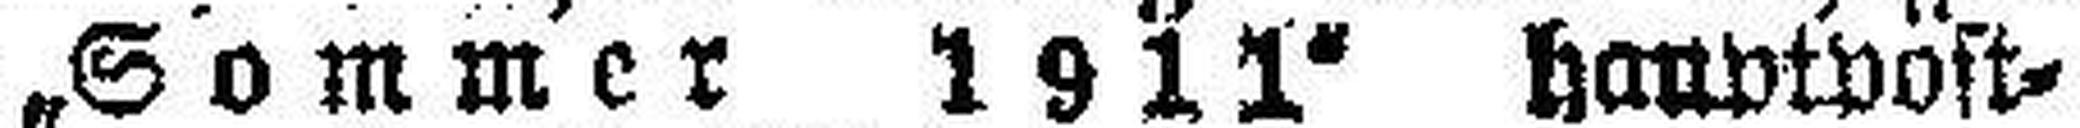
„Sommer 1911“ hauptpost¬